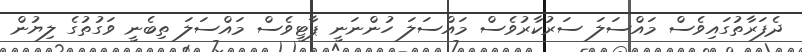
ދެފަރާތުގައިވެސް މައްސަލަ ސަރުކާރުވެސް މައްސަލަ ހުންނަނީ ޕާޓީވެސް މައްސަލަ ތިބެނީ ވަގުތުގެ ލިޔުން